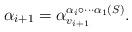
LaTeX: \begin{align*} \alpha_{i+1}=\alpha_{v_{i+1}}^{\alpha_i\circ \cdots \alpha_1 (S)}. \end{align*}